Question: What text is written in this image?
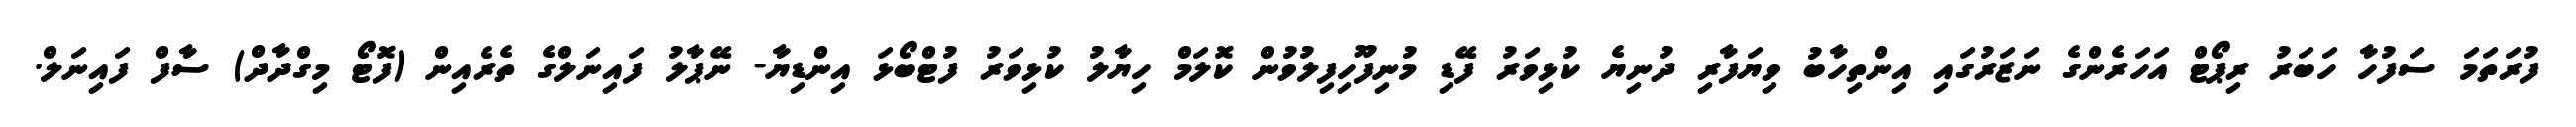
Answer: ފުރަތަމަ ސަފުހާ ހަބަރު ރިޕޯޓް އަހަރެންގެ ނަޒަރުގައި އިންތިހާބު ވިޔަފާރި ދުނިޔެ ކުޅިވަރު ފޭޑި މުނިފޫހިފިލުވުން ކޮލަމް ހިޔާލު ކުޅިވަރު ފުޓްބޯޅަ އިންޑިޔާ- ނޭޕާލު ފައިނަލްގެ ތެރެއިން (ފޮޓޯ މިގްދާދް) ސާފް ފައިނަލް.